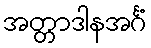
အတ္တာဒါနအင်္ဂံ